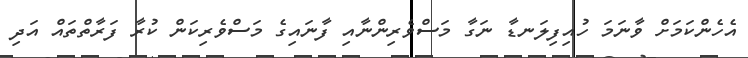
އެހެންކަމަށް ވާނަމަ ހުއިފިލަނޑާ ނަގާ މަސްވެރިންނާއި ފާނައިގެ މަސްވެރިކަން ކުރާ ފަރާތްތައް އަދި